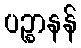
ပဉ္စာနန်